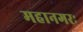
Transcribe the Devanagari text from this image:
महानगरः